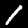
Label: 1